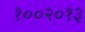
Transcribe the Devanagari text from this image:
१००२०१३